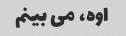
اوه، می بینم